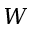
W